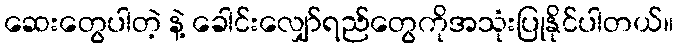
ဆေးတွေပါတဲ့ နဲ့ ခေါင်းလျှော်ရည်တွေကိုအသုံးပြုနိုင်ပါတယ်။